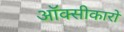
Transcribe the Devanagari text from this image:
ऑक्सीकारों